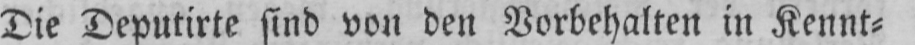
Die Deputirte sind von den Vorbehalten in Kennt⸗